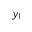
y _ { 1 }